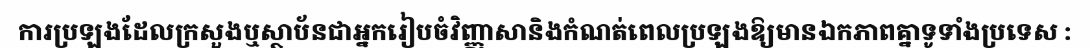
ការប្រឡងដែលក្រសួងឬស្ថាប័នជាអ្នករៀបចំវិញ្ញាសានិងកំណត់ពេលប្រឡងឱ្យមានឯកភាពគ្នាទូទាំងប្រទេស :